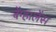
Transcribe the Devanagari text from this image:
बेंग्हालेंस